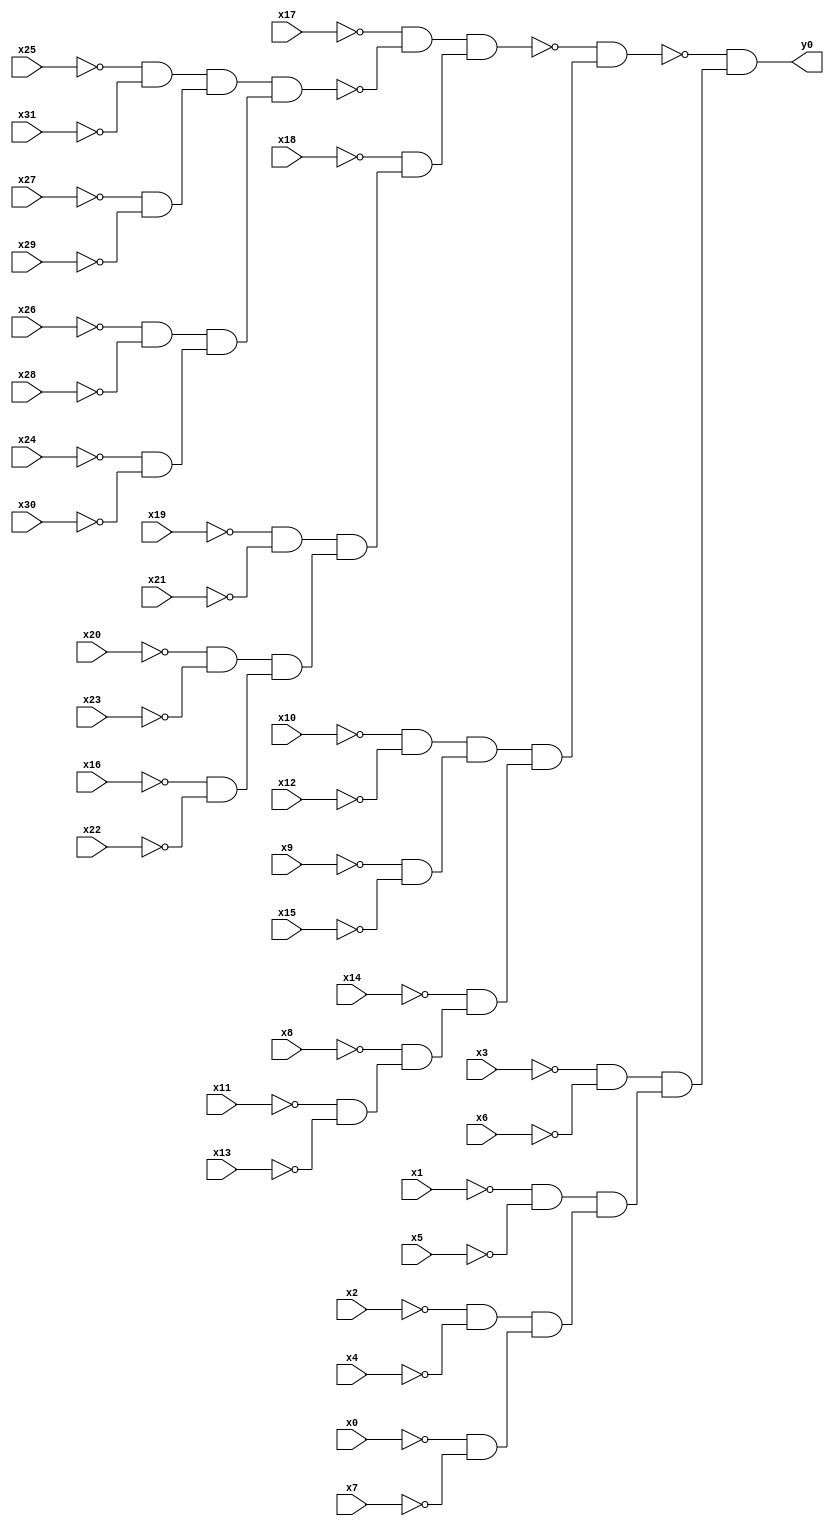
module top( x0 , x1 , x2 , x3 , x4 , x5 , x6 , x7 , x8 , x9 , x10 , x11 , x12 , x13 , x14 , x15 , x16 , x17 , x18 , x19 , x20 , x21 , x22 , x23 , x24 , x25 , x26 , x27 , x28 , x29 , x30 , x31 , y0 );
  input x0 , x1 , x2 , x3 , x4 , x5 , x6 , x7 , x8 , x9 , x10 , x11 , x12 , x13 , x14 , x15 , x16 , x17 , x18 , x19 , x20 , x21 , x22 , x23 , x24 , x25 , x26 , x27 , x28 , x29 , x30 , x31 ;
  output y0 ;
  wire n33 , n34 , n35 , n36 , n37 , n38 , n39 , n40 , n41 , n42 , n43 , n44 , n45 , n46 , n47 , n48 , n49 , n50 , n51 , n52 , n53 , n54 , n55 , n56 , n57 , n58 , n59 , n60 , n61 , n62 , n63 ;
  assign n33 = ~x25 & ~x31 ;
  assign n34 = ~x27 & ~x29 ;
  assign n35 = n33 & n34 ;
  assign n36 = ~x26 & ~x28 ;
  assign n37 = ~x24 & ~x30 ;
  assign n38 = n36 & n37 ;
  assign n39 = n35 & n38 ;
  assign n40 = ~x17 & ~n39 ;
  assign n41 = ~x19 & ~x21 ;
  assign n42 = ~x20 & ~x23 ;
  assign n43 = ~x16 & ~x22 ;
  assign n44 = n42 & n43 ;
  assign n45 = n41 & n44 ;
  assign n46 = ~x18 & n45 ;
  assign n47 = n40 & n46 ;
  assign n48 = ~x10 & ~x12 ;
  assign n49 = ~x9 & ~x15 ;
  assign n50 = n48 & n49 ;
  assign n51 = ~x11 & ~x13 ;
  assign n52 = ~x8 & n51 ;
  assign n53 = ~x14 & n52 ;
  assign n54 = n50 & n53 ;
  assign n55 = ~n47 & n54 ;
  assign n56 = ~x3 & ~x6 ;
  assign n57 = ~x1 & ~x5 ;
  assign n58 = ~x2 & ~x4 ;
  assign n59 = ~x0 & ~x7 ;
  assign n60 = n58 & n59 ;
  assign n61 = n57 & n60 ;
  assign n62 = n56 & n61 ;
  assign n63 = ~n55 & n62 ;
  assign y0 = n63 ;
endmodule